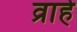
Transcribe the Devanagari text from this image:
व्राहे